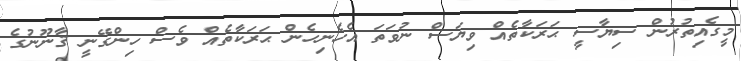
މީގެއިތުރުން ސިޔާސީ ޙަރަކާތެއް ވިޔަސް ނުވަތަ އެހެނިހެން ޙަރަކާތެއް ވެސް ހިންގޭނީ ޤާނޫނުގެ